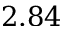
2 . 8 4